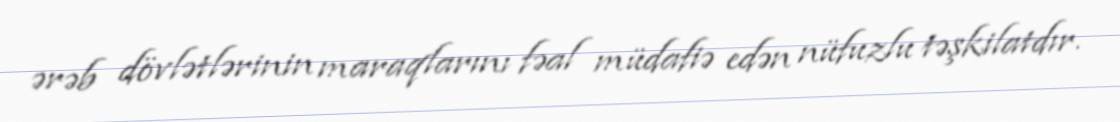
ərəb dövlətlərinin maraqlarını fəal müdafiə edən nüfuzlu təşkilatdır.